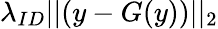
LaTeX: \lambda_{ID}||(y-G(y))||_{2}